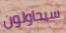
سيحاولون